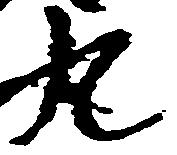
丸